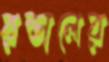
রন্ডালের